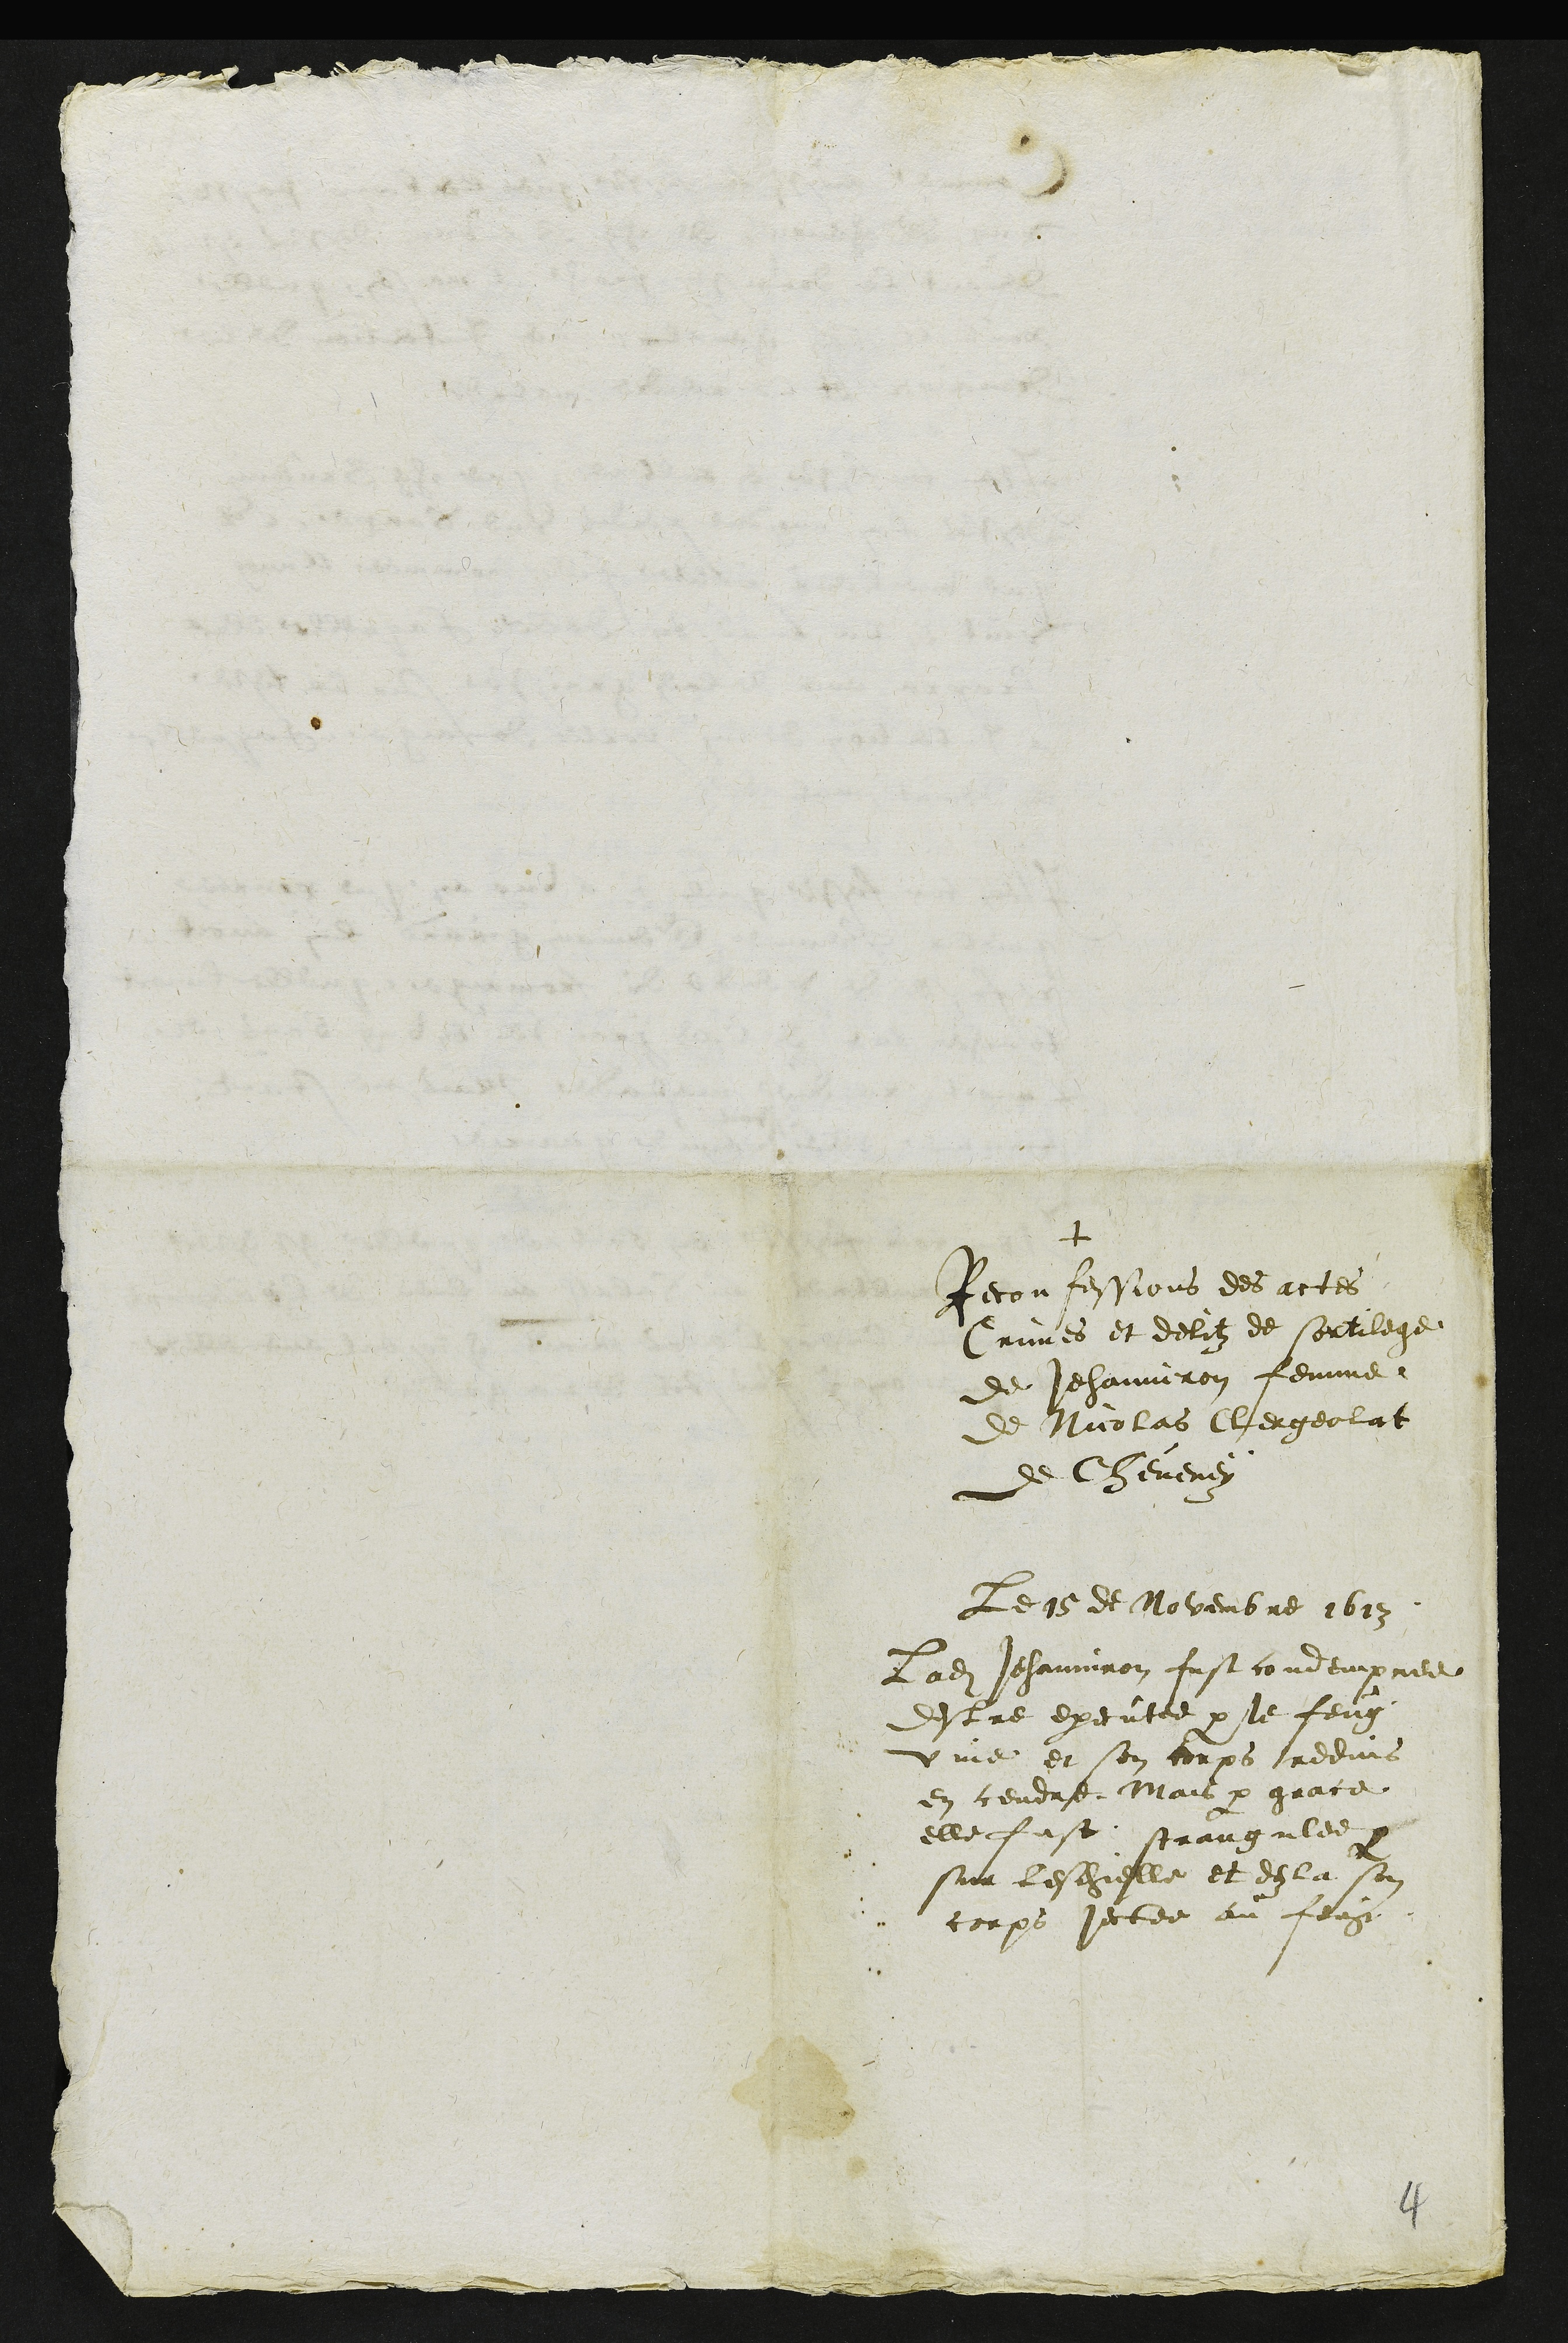
+
Reconfessions des actes
Crimes et delitz de sortilege
de Jehanniron femme
de Nicolas Clergeolat
de Cheveney
Le 15 de Novembre 1613
Ladite Jehanniron fust condempnee
destre executee par le feug
vive et son corps reduis
en cendre Mais par grace
elle fust strangulee par
sur leschielle et dez la son
corps jectee au feug